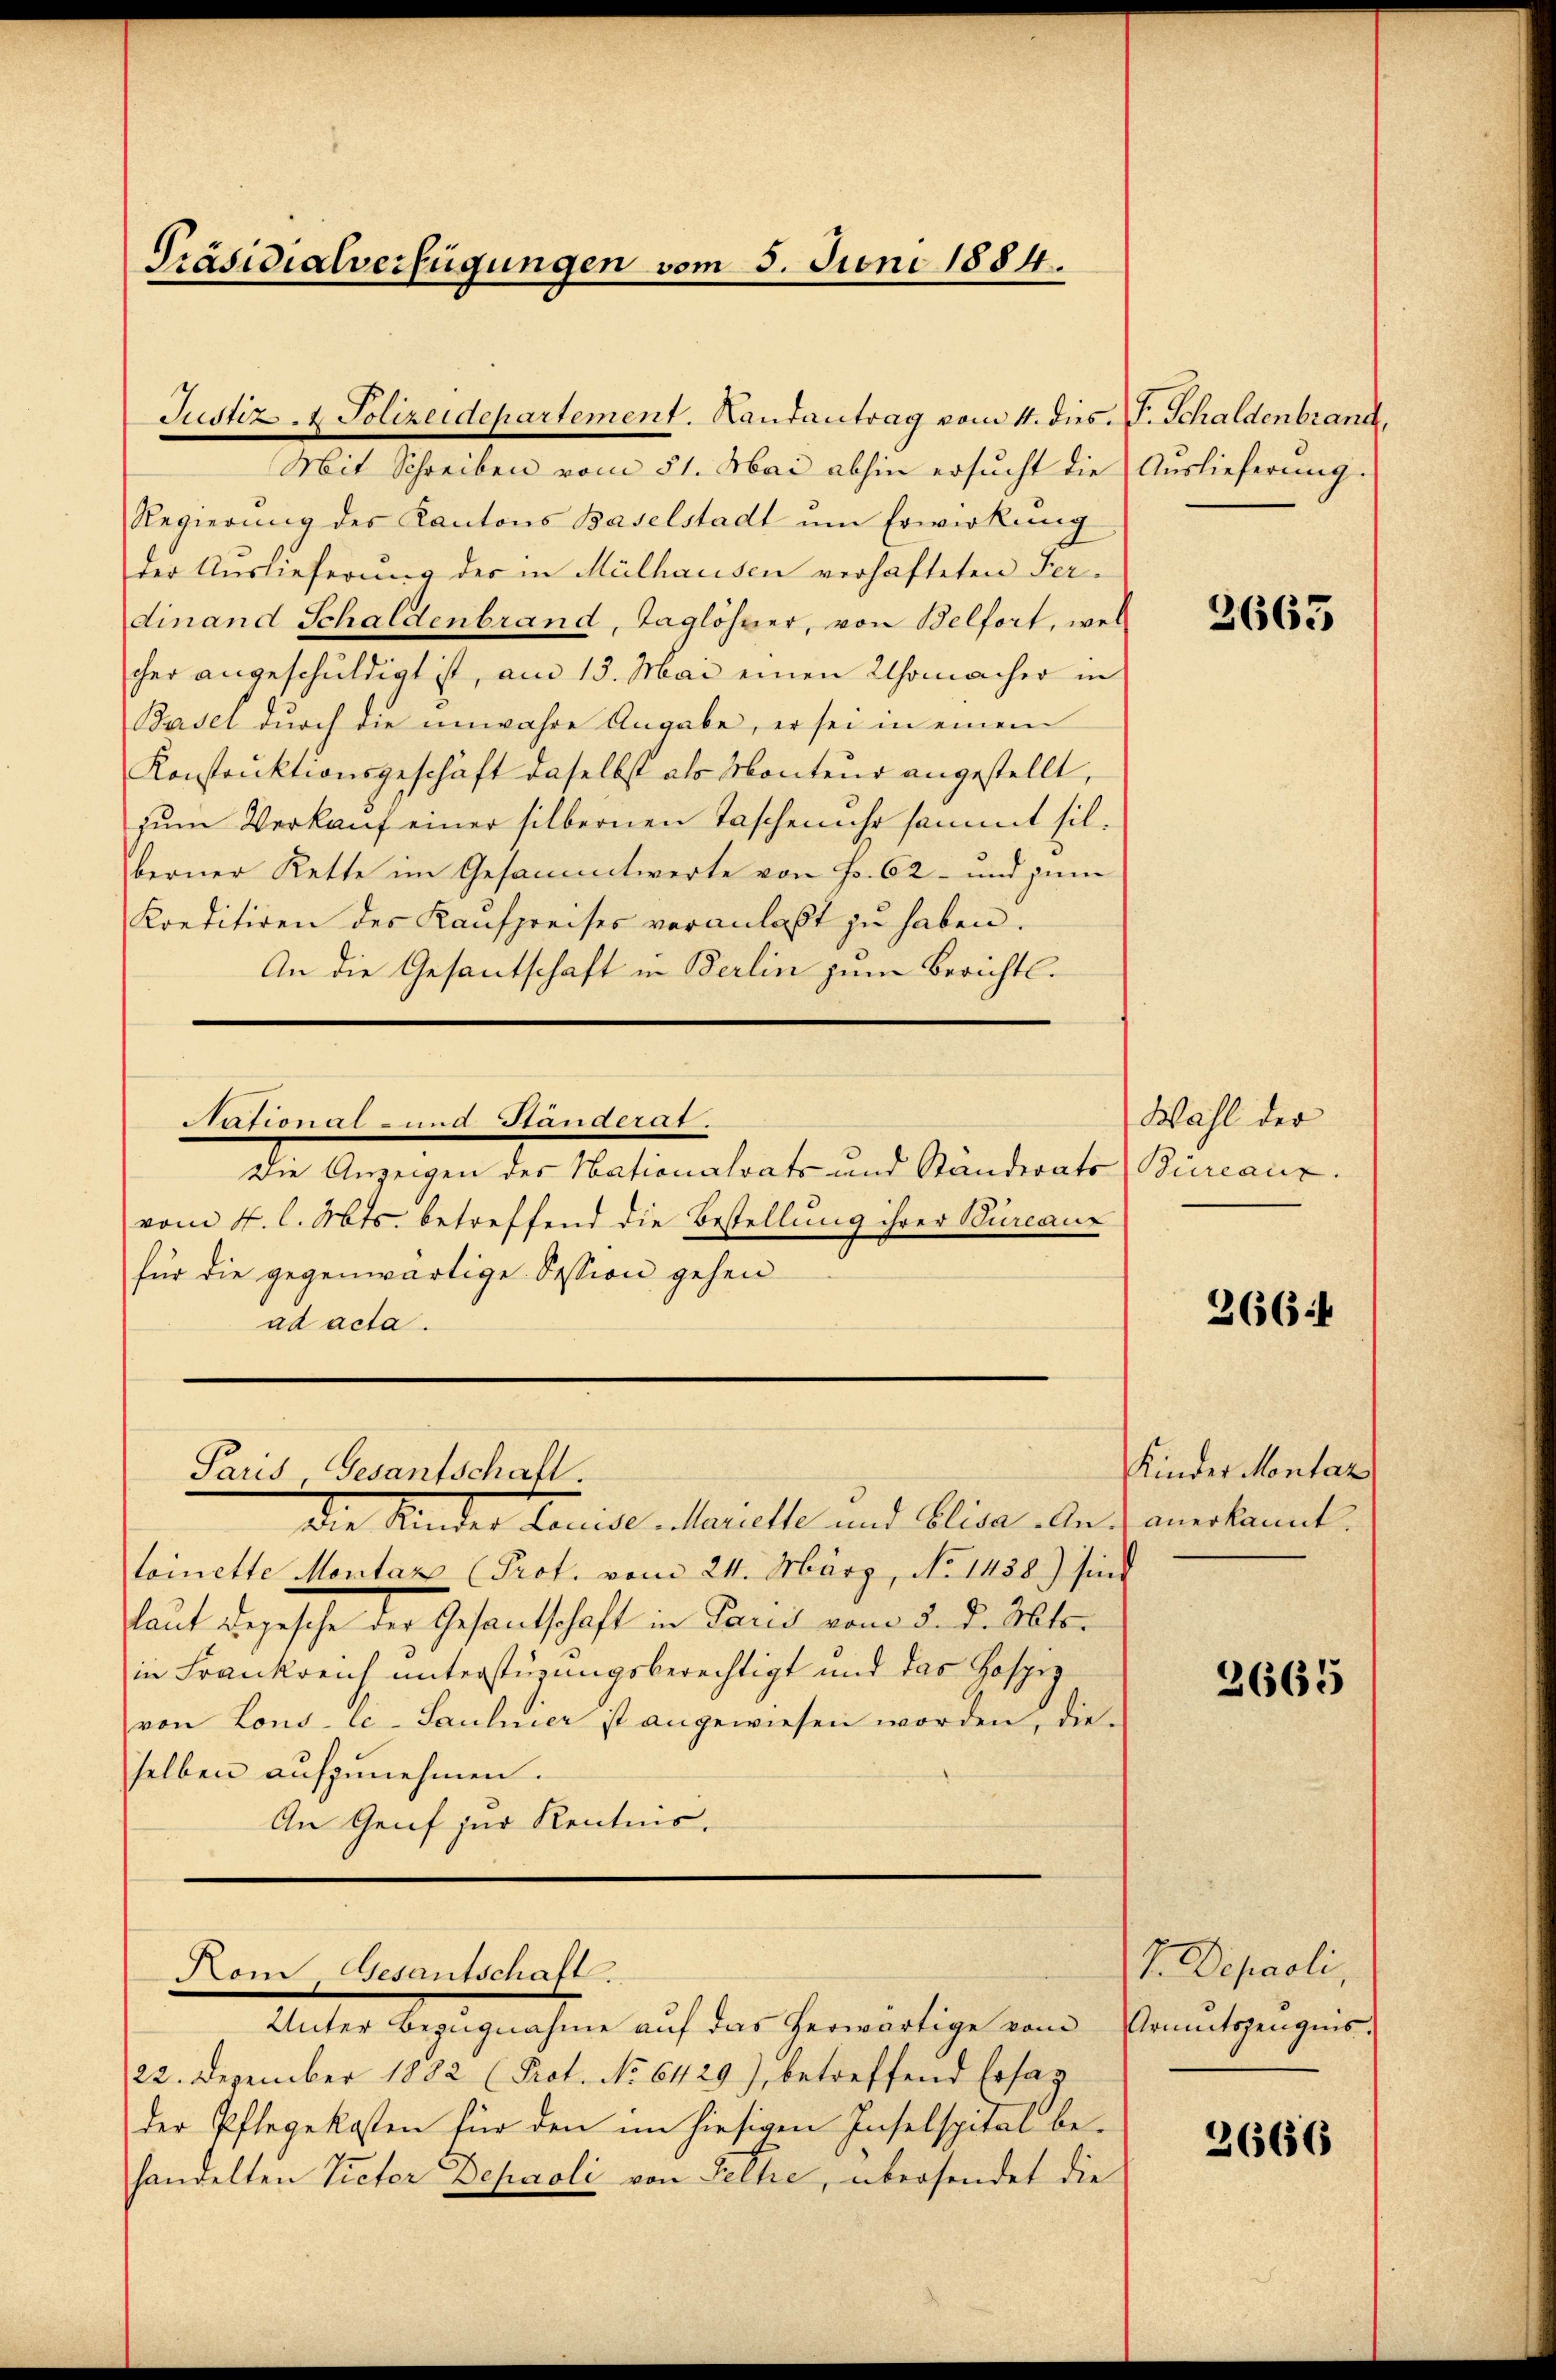
Präsidialverfügungen vom 5. Juni 1884.

Mit Schreiben vom 31. Mai abhin ersucht die Auslieferung.
Regierŭng des Kantons Baselstadt ŭm Erwirkung
der Auslieferung des in Mülhausen verhafteten Ter-
dinand Schaldenbrand, Taglöhner, von Belfort, wel
cher angeschuldigt ist, am 13. Mai einen Uhrmacher in
Basel durch die unwahre Angabe, er sei in einem
Konstruktionsgeschäft daselbst als Monteur angestellt,
zum Verkauf einer silbernen Taschenuhr sammt sil.
berner Kette im Gesammtwerte von Fr. 62 und zum
Kreditiren der Kaŭfpreises veranlaßt zu haben.
An die Gesantschaft in Berlin zum Berichtl.

Justiz- & Polizeidepartement. Landantrag vom 4. dies. P. Schaldenbrand,

Paris, Gesantschaft.

Rom Gesantschaft

11011 u. Junair.7
Die Anzeigen des Nationalrats und Ständerats Büreaux.
vom 4. l. Mts. betreffend die Bestellung ihrer Bureaux
für die gegenwärtige Session gehen
ad acta.

Die Kinder Louise. Marielle und Elisa - An anerkannt.
toinette Montar (Prof. vom 24. März, No 1458) sind
laut gegesehe der Gesandschaft in Paris vom 5. d. Mts.
in Frankreich unterstüzungsberechtigt und das Hospiz
von Lons- Ec-Saulnier ist angewiesen worden, die-
selben aufzunehmen.
An Genf zur Kenntnis.

Unter Bezugnahme auf das herwärtige vom Armutszeugnis-
22. Dezember 1882 (Prot. No 6429), betreffend Ersag
der Pflegekosten für den im hiesigen Inselspital behandelten Victor Deparoli von Felle, übersendet die

3665

Wahl der

3664

Kinder Montaz

2665

J. Depaoli,

3666